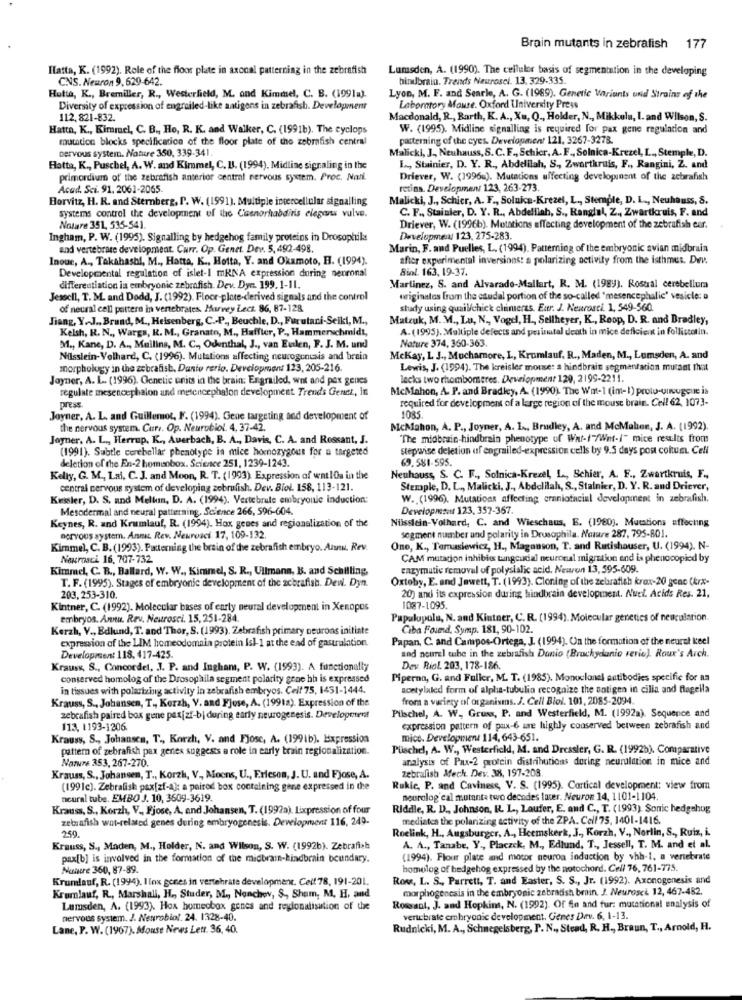
Brain mutants in zebrafish 177
Hatta, K. (1992). Role of the floor plate in axonal patterning in the zebrafish
Lumsden, A. (1990). The cellulor basis of segmentation in the developing
CNS. Neuron 9, 629-642.
bindbrain. Trends Neurosel. 13. 329-335.
Hutto, K ., Bremiller, R ., Westerfield, M. and Kimmel, C. B. (1991a).
Lyon, M. F. and Searle, A. G. (1989), Genetic Variants und Strains of the
Diversity of expression of engrailed-like antigens in zebrafish. Development
Laboratory Maure. Oxford University Press
112, 821-832.
Macdonald, R ., Barth, K. A ., Xu, Q ., Holder, N ., Mikkula, I. and Wilson, S.
Hatta, K ., Kimmel, C. B ., Ho, R. K. and Walker, C. (1991b). The cyclops
W. (1995). Midline signalling is required for pax gene regulation and
mutation blocks specification of the floor plate of the zebrafish central
patterning of the eyes. Development 121, 3267-3278.
Dervous system. Nature 350, 339-341.
Malicki, J, Neuhauss, S.C. F ., Schicr, A. F ., Solnica-Krezel, L ., Stemple, D.
Hatta, K ., Puschel, A. W. and Kimmel, C. B. (1994), Midline signaling in the
L ., Stainier, D. Y. R ., Abdelilah, S ., Zwartkruis, F ., Rangini, Z. and
primordium of the zebrafish anterior central nervous system. Proc. Nati.
Driever, W. (1996u). Mutations affecting developunent of the zebrafish
Acad. Sci. 91. 2061-2065
retina. Development 123, 263-273
Horvitz, H. R. and Sternberg, P. W. (1991). Multiple intercellular signalling
Malicki, J ., Schier, A. F ., Soluica-Krezel, L ., Stemple, D. L ., Neuhauss, S.
systems control the development of the Casnorhabditis elegans vulve.
C. F ., Stainier, D. Y. R ., Abdelilah, S ., Rangial, Z ., Zwartkruis, F. and
Notare 351, 535-541.
Driever, W. (1996b). Mutations affecting development of the zebrafish eur.
Ingham, P. W. (1995). Signalling by hedgehog family proteins in Drosophila
Developments 123, 275-283.
and vertebrate development. Curr. Op. Genet. Dev. 5, 492-498.
Marin, F. and Puelles, L. (1994). Patterning of the embryonic avian midbrain
Inoue, A ., Takahashi, M ., Hatta, K ., Hotta, Y. and Okamoto, H. (1994).
after experimental inversions: a polarizing activity from the isthmus. Dev.
Biol. 163, 19-37.
Developmental regulation of islet-I mRNA expression during neuronal
differentiation in embryonic zebrafish. Dev. Dyr. 199. 1-11.
Martinez, S. and Alvarado-Mallart, R. M. (1989). Rostral cerebellum
Jesocil, T. M. and Dodd, J. (1992). Floor-plate-derived signals and the control
originates from the caudal portion of the so-called "mesencephalic' vesicle: a
of neural cell pattern in vertebrates. Marvey Lecz. 86, 87-128
study using quail/chick climeres. Eur. J. Neurosci. 1, 549-560.
Jiang, Y.J ., Brund, M ., Heisenberg, C .- P ., Beuchle, D ., Furutari-Seiki, M .,
Matzuk, M. M ., La, N ., Vogel, H ., Sellheyer, K ., Reop, D. R. and Bradley,
Kelsh, R. N ., Wargs, R. M ., Granato, M ., Haffter, P ., Hammerschmidt,
A. (1995). Multiple defects and perinatal death in mice deficient in follisconin.
Nature 374, 360-363
M ., Kane, D. A ., Mullins, M. C ., Odenthal, J ., van Eulen, F. J. M. und
Nilsslein-Volhard, C. (1996). Mutations affecting neurogenesis and brain
Mckay, L. J ., Muchamore, L, Krumlauf. R ., Maden, M ., Lemsden, A. and
morphology in the zebrafish. Danto rerio. Development 123, 205-216.
Lewis, J. (1994). The kreisler mouse: a hiodbrain segmentation mucant that
Joyner, A. L. (1996). Genetic units in the brain: Engrailed, wnt and pex genes
lecks two rhombomeres. Development 129, 2199-2211.
regulate mesencephalon and metencephalon development. Trend's Genet, in
McMahon, A. P. and Bradley, A. (1990). The Wat-1 (imt-1) proto-uuuugeue is
required for development of a large region of the mouse brain. Cell 62, 1073-
press.
Joyner, A. L. and Guillemot, F. (1994). Gene targeting and development of
1085
the nervous system. Cur .. Op. Neurubiol. 4. 37-42.
McMahon, A. P ., Joyner, A. L ., Bradley, A. and McMahon, J. A. (1992).
Joyner. A. L ., Herrup, K ., Auerbach, B. A ., Davis, C. A. and Ressant, J.
"The midbrain-hindbrain phenotype of War-f/Wnt-/" mice res:lts from
(1991). Subtle cerebellar phenotype in mice homozygous for a targeted
stepwise deletion uf engrailed-expression cells by 9.5 days post coitum. Cell
deletion of the En-2 homeobox. Science 251, 1239-1243.
69.581-595.
Kelly, G. M ., Lai, C. J. and Moon, R. T. (1993). Expression of watlOa in the
Neuhauss, S. C. F ., Solnica-Krezel, L, Schier, A. F ., Zwartkruis, F .,
central nervous system of developing zebrafish. Dev. Biol. 158, 113-121.
Stemple, D. L ., Malicki, J ., Abdelilah, S ., Stalnier, D. Y. R. and Driever,
Kessler, D. S. and Mellan, D. A. (1994). Vertebrale embryonic induction:
W. (1996). Mutations affecting craniofacial development in zebrafish.
Mesodermal and neural patterning. Science 266, 596-604.
Development 123, 357-367.
Keynes, R. and Krumlauf, R. (1994). Hox genes and regionalization of the
Nüsslein-Volhard, C. and Wieschaus, E. (1980). Mutations affecting
nervous system. Annu Rev. Neurosci 17, 109-132.
segment number and polarity in Drosophila. Nature 287, 795-801.
Kimmel, C. B. (1993). Patterning the brain of the zebrafish embryo. Auuu. Rev.
One, K ., Temasiewicz, H ., Magonson, T. and Ratishauser, U. (1994). N-
Neurosci 16, 707-732
CAM mutacion inhibis tungcudal neuronal migration and is phenocopied by
Kimmel, C. B ., Ballard, W. W ., Kimmel, S. R ., Ullmann, B. and Schilling,
enzymutic removal of polysialic acid. Newren 13, 595-609.
Oxtoby, E. and Jawett, T. (1993). Cloning of the zebrafish krax-20 gene (krx-
T. F. (1995). Stages of embryonic development of the zebrafish. Dew. Dyn.
203,253-310.
20) and its expression during hindbrain development. Nuel. Acids Res. 21,
Kintner, C. (1992). Molecular bases of early neural development in Xenopos
1087-1095.
embryos. Annu. Rev. Neurosci. 15, 251-284.
Papalupola, N. and Kiutner, C. R. (1994). Molecular genetics of neuculation.
Kerzh, V ., Edlund, T. and Thor, S. (1993). Zebrafish primary neurons initiate
Ciba Found. Symp. 181, 90-102.
expression of the LIM homeodomain protein Isl-1 at the end of gastralation.
Papan, C. and Campos-Ortega, I (1994). On the formation of the neural keel
and nourel tube in the zebrafish Danio (Brachydanio rerie). Roux's Arch.
Development 118, 417-425.
Krauss, S ., Concordet, J. P. and Ingham, P. W. (1993). A functionally
Dev. Riol. 203, 178-186.
conserved homolog of the Drosophila segment polarity gene hh is expressed
Piperna, G. and Fuller, M. T. (1985). Monoclonel antibodies specific for na
in tissues with polarizing activity in zebrafish embryos. Cell 75, 1451-1444.
acetylaled form of alpha-tubulin recognize the antigen in cilia and flagella
Krauss, S ., Johansen, T ., Kerzh, V. and Fjose, A. (1991a). Expression of the
from a variety of organisms. J. Cell Biol. 101, 2085-2094.
Puschel, A. W. Gruss, P. and Westerfield, M. (1992a). Sequence and
zebrafish paired box gene pax[zf-bi during early neurogenesis. Developerent
113, 1193-1206
expression pattern of pax-6 are highly conserved between zebrafish and
Krauss, S ., Johansen, T ., Korzh, V. and Fjose, A. (1991b). Expression
mice. Development 114, 643-651.
pattern of zebrafish pax genes suggests a role in early train regionalization.
Püschel, A. W ., Westerfield, M. and Dressler, G. R. (1992b). Comparative
Nature 353, 267-270.
analysis of Paux-2 protein distributions during neurulation in mice and
zebrafish Mech. Dev. 38, 197-208
Krauss, S ., Johansen, T ., Korzh, V ,, Moons, U ., Ericson, J. U. and Fjose, A.
(1991c). Zebrafish pax[zf-4): a pairod box containing gene expressed in the
Rukic, P. and Caviness, V. S. (1995). Cartical development: view from
neural tube. EMBO J. 10, 3609-3619.
neurolog cal mutanta two decades later. Neuron 14, 1101-1104.
Krauss, S ., Korzh, V ., Fjose, A. and Johansen, T. (1992a). Lixpression of four
Riddle, R. D ., Johnson, R. L ., Laufer, E. and C ., T. (1993). Sonic hedgehug
zetzafish wnt-related genes during embryogenesis. Development 116, 249.
mediates the polarizing activity of the ZPA. Cell 75, 1401-1416.
250.
Roelink, H ., Augsburger, A ., Heemskerk, J ., Korzh, V ., Norlin, S ., Ruiz, i.
Krauss, S ., Maden, M ., Holder, N. and Wilson, S. W. (1992b). Zebrafish
A. A ., Tanabe, Y ., Placzek, M ., Edlund, T ., Jessell, T. M. and et al.
pax[b] is involved in the formation of the midbrain-kindbrain boundary.
(1994). Flour plate and motor neuron induction by vhb-1. a vertebrate
Nuture 360, 87-89.
homolog of hedgehog expressed by the notochord. Cell 76, 761-775.
Krumlauf, R. (1994). I lox gones in vertebrate development. Cell 78, 191-201.
Roms, L. S ., Parrett, T. and Easter, S. S ., Jr. (1992). Axonogenesis and
morphogenesis in the embryonic zebradish brain. J. Neurosci 12, 467-482.
Krumlauf, R ., Marshall, H ., Studer, M ., Nonchey, S ., Sham, M. H, and
Lumsden, A. (1993). Hox homeobox genes and regionalisation of the
Rossant, J. and Hopkins, N. (1992). Of fin and fur: mutational analysis of
nervous system. J. Neurobiol. 24. 1328-40.
vertebrate embryonic development. Genes Dav. 6, 1-13.
Lane, P. W. (1967). Mouse News Lett. 36, 40.
Rudnicki, M. A ., Schnegelsberg, P. N ., Stead, R. H ., Braun, T ., Arnold, H.